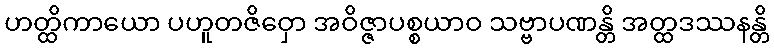
ဟတ္ထိကာယော ပဟူတဇိဝှော အဝိဇ္ဇာပစ္စယာဝ သဗ္ဗာပဏန္တိ အတ္ထဒဿနန္တိ